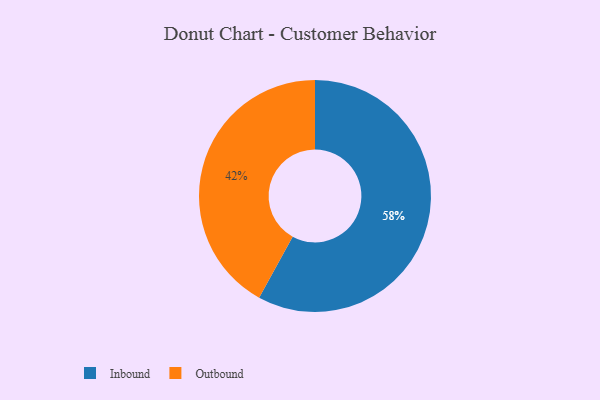
{"axis": {"x": "Category", "y": "Percentage"}, "legend": ["Inbound", "Outbound"], "data": [{"x": "Outbound", "y": 42, "type": "Outbound"}, {"x": "Inbound", "y": 58, "type": "Inbound"}]}